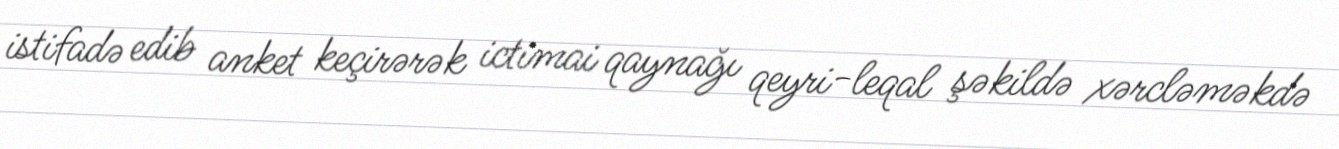
istifadə edib anket keçirərək ictimai qaynağı qeyri-leqal şəkildə xərcləməkdə